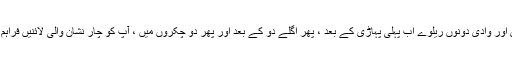
14. پہاڑی اور وادی دونوں ریلوے اب پہلی پہاڑی کے بعد ، پھر اگلے دو کے بعد اور پھر دو چکروں میں ، آپ کو چار نشان والی لائنیں فراہم کرتے ہیں۔